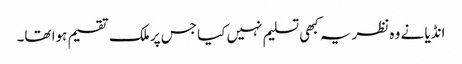
انڈیا نے وہ نظریہ کبھی تسلیم نہیں کیا جس پر ملک تقسیم ہوا تھا۔